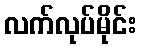
လက်လုပ်မိုင်း